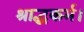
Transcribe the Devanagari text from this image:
श्राद्धकर्म।